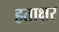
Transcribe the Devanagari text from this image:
हताक्षर